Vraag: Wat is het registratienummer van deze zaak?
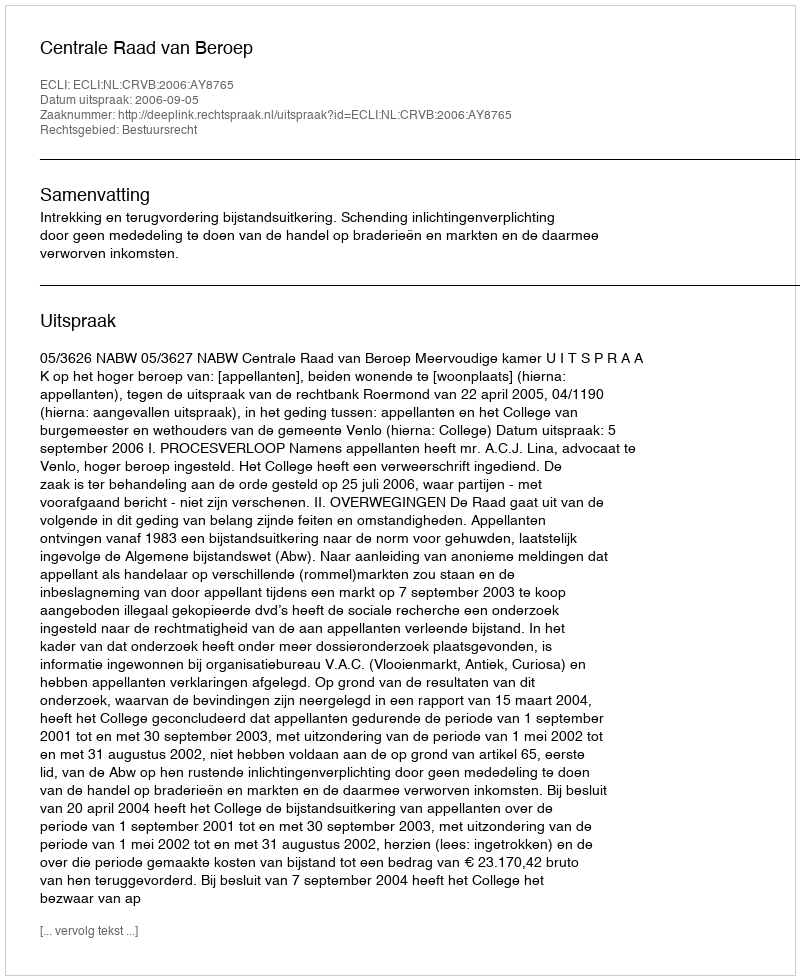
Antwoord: http://deeplink.rechtspraak.nl/uitspraak?id=ECLI:NL:CRVB:2006:AY8765